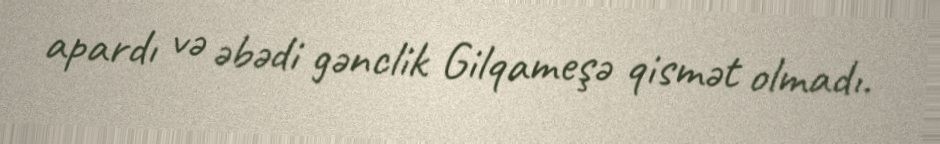
apardı və əbədi gənclik Gilqameşə qismət olmadı.